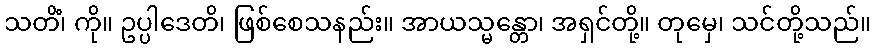
သတိံ၊ ကို။ ဥပ္ပါဒေတိ၊ ဖြစ်စေသနည်း။ အာယသ္မန္တော၊ အရှင်တို့။ တုမှေ၊ သင်တို့သည်။